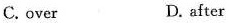
C. over D. after